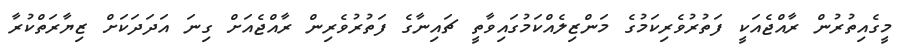
މީގެއިތުރުން ރާއްޖެއަކީ ފަތުރުވެރިކަމުގެ މަންޒިލެއްކަމުގައިވާތީ ޗައިނާގެ ފަތުރުވެރިން ރާއްޖެއަށް ގިނަ އަދަދަކަށް ޒިޔާރަތްކުރާ